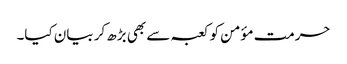
حرمت مؤمن کو کعبہ سے بھی بڑھ کر بیان کیا۔